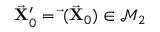
\vec { \bf X } _ { 0 } ^ { \prime } = \vec { \bf \Phi } ( \vec { \bf X } _ { 0 } ) \in \mathcal { M } _ { 2 }